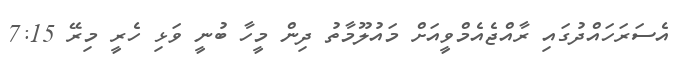
އެސަރަހައްދުގައި ރާއްޖެއެމްވީއަށް މައުލޫމާތު ދިން މީހާ ބުނީ ވަޅި ހެރީ މިރޭ 7:15